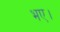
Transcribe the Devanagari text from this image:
भए।